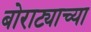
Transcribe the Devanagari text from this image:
बोराट्याच्या